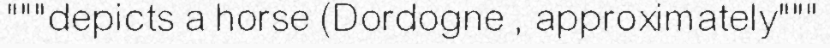
"""depicts a horse (Dordogne , approximately"""